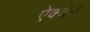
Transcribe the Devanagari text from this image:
ऐक्येन